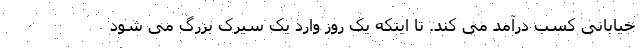
خیابانی کسب درآمد می کند. تا اینکه یک روز وارد یک سیرک بزرگ می شود